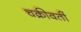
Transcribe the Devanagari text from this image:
चक्रीवर्ती